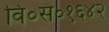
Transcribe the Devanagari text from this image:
वि०सं०१६४२